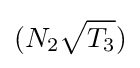
(N_{2}{\sqrt {T_{3}}})